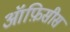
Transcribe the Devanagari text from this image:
ऑफ़िसीस